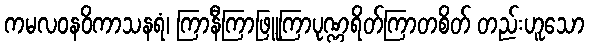
ကမလဝနဝိကာသနရံ၊ ကြာနီကြာဖြူကြာပုဏ္ဏရိတ်ကြာတစိတ် တည်းဟူသော